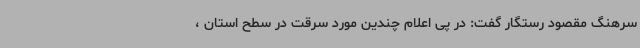
سرهنگ مقصود رستگار گفت: در پی اعلام چندین مورد سرقت در سطح استان ،